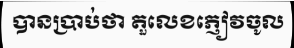
បានប្រាប់ថា តួលេខភ្ញៀវចូល